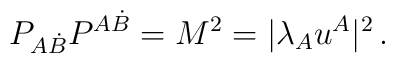
P_{A\dot{B}} P^{A\dot{B}} = M^{2}= |\lambda_{A} u^{A}|^{2} \, .